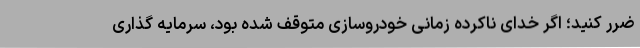
ضرر کنید؛ اگر خدای ناکرده زمانی خودروسازی متوقف شده بود، سرمایه گذاری